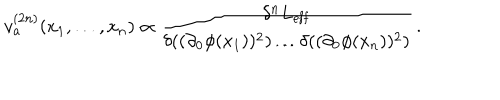
v _ { a } ^ { ( 2 n ) } ( x _ { 1 } , \dots , x _ { n } ) \propto \frac { \delta ^ { n } L _ { \mathrm { e f f } } } { \delta ( ( \partial _ { 0 } \phi ( x _ { 1 } ) ) ^ { 2 } ) \dots \delta ( ( \partial _ { 0 } \phi ( x _ { n } ) ) ^ { 2 } ) } \, .